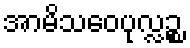
အာမိသဝေပုလ္လဉ္စ